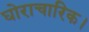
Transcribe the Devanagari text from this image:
घोराचारिक।